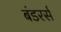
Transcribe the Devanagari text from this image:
बंडरर्स